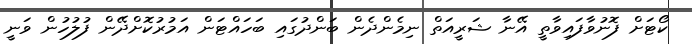
ކޯޓަށް ފޮނުވާފައިވާތީ އޭނާ ޝަރީއަތް ނިމެންދެން ބަންދުގައި ބަހައްޓަން އަމުރުކޮށްދޭން ފުލުހުން ވަނީ